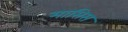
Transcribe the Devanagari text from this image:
मासिस